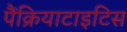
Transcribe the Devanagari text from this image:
पैंक्रियाटाइटिस